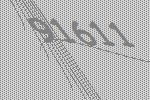
91611